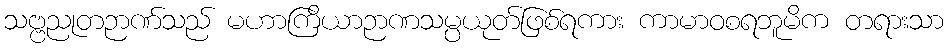
သဗ္ဗညုတဉာဏ်သည် မဟာကြိယာဉာဏသမ္ပယုတ်ဖြစ်ရကား ကာမာဝစရဘူမိက တရားသာ